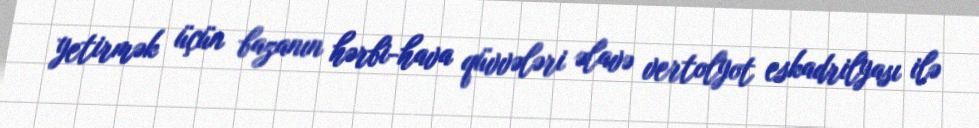
yetirmək üçün bazanın hərbi-hava qüvvələri əlavə vertolyot eskadrilyası ilə